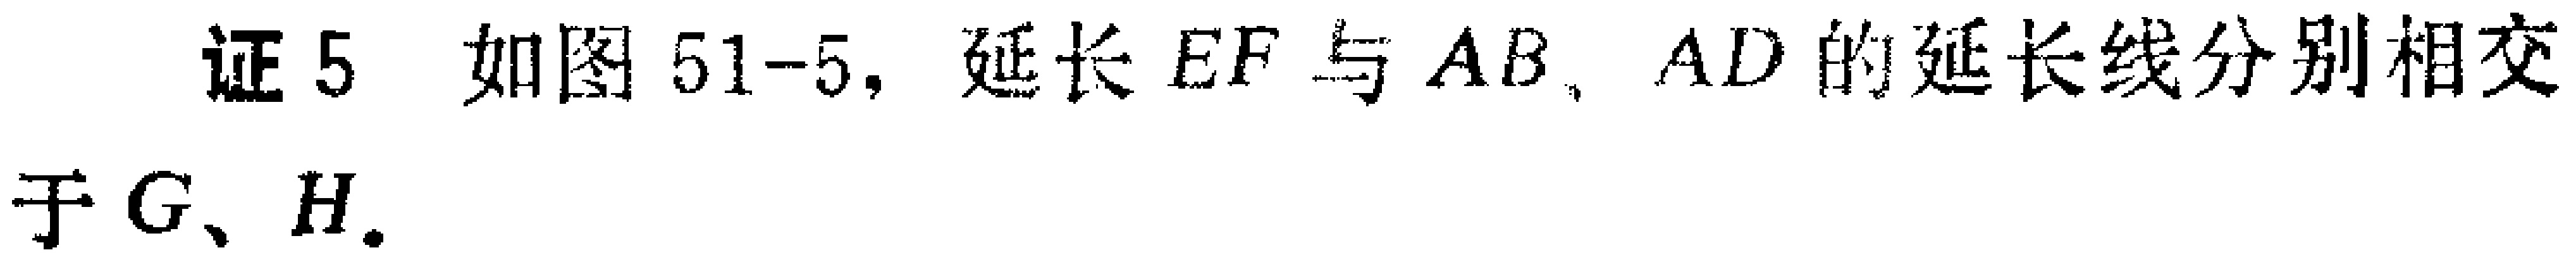
证 5 如图 51-5，延长 \(EF\) 与 \(AB\)、\(AD\) 的延长线分别相交于 \(G\)、\(H\).